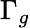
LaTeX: \Gamma_{g}